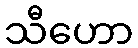
သီဟော